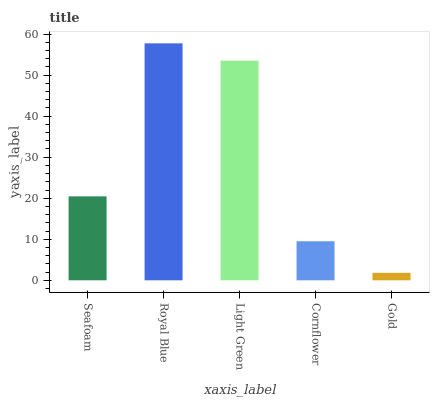
| xaxis_label | bars |
 | --- | --- |
 | Seafoam | 20.5 |
 | Royal Blue | 57.7 |
 | Light Green | 53.5 |
 | Cornflower | 9.52 |
 | Gold | 1.82 |